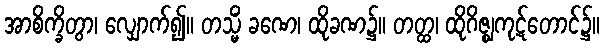
အာစိက္ခိတွာ၊ လျှောက်၍။ တသ္မိံ ခဏေ၊ ထိုခဏ၌။ တတ္ထ၊ ထိုဂိဇ္ဈကုဋ်တောင်၌။